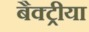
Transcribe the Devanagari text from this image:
बैक्ट्रीया